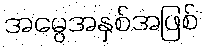
အမွေအနှစ်အဖြစ်